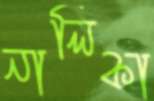
নালিকা